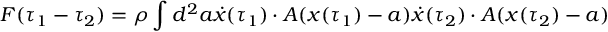
F ( \tau _ { 1 } - \tau _ { 2 } ) = \rho \int d ^ { 2 } a \dot { x } ( \tau _ { 1 } ) \cdot A ( x ( \tau _ { 1 } ) - a ) \dot { x } ( \tau _ { 2 } ) \cdot A ( x ( \tau _ { 2 } ) - a )